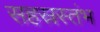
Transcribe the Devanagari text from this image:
सहस्रस्तंभ